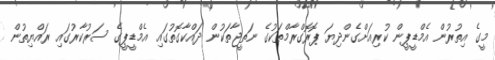
މީގެ އިތުރުން އެމްޑީޕީން ކުރިއަށްގެންދިޔަ ޕޮރޮގްރާމްތަކުގެ ނަތީޖާތަކުން ދައްކާގޮތުގައި އެމްޑީޕީގެ ސަރުކާރުގައި ރައްޔިތުން